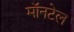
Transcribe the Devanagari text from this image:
मॉनटेल